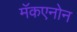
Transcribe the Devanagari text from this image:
मॅकएनोन